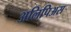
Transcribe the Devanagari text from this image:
अलिपिअस